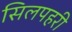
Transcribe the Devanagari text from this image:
सिलपहरी